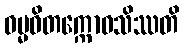
ဓမ္မဝိတက္ကောဝသိဿတိ